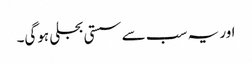
اور یہ سب سے سستی بجلی ہوگی۔